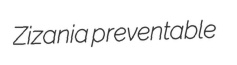
Zizania preventable